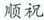
顺祝